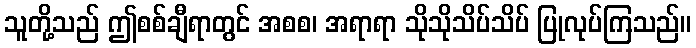
သူတို့သည် ဤစစ်ချီရာတွင် အစစ၊ အရာရာ သိုသိုသိပ်သိပ် ပြုလုပ်ကြသည်။